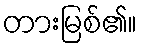
တားမြစ်၏။